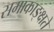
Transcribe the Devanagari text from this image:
समाकाङ्क्षते